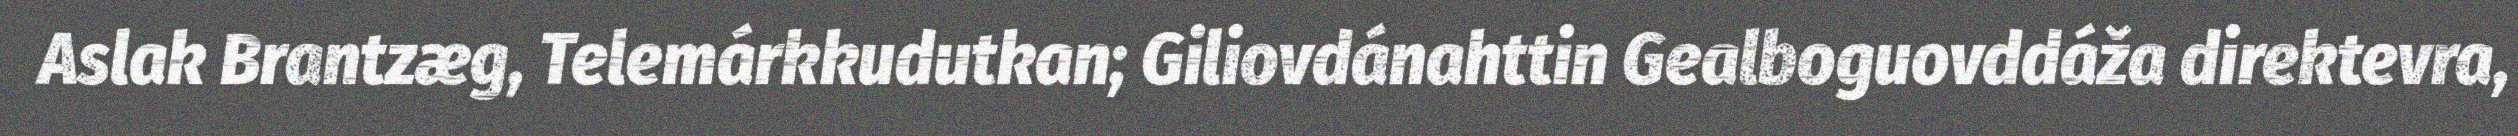
Aslak Brantzæg, Telemárkkudutkan; Giliovdánahttin Gealboguovddáža direktevra,